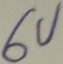
Text: 6V